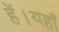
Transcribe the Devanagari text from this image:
हें।यहाँ